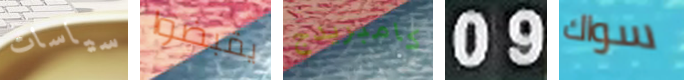
سياسات يقبضوا كامبريدج 09 سواك